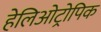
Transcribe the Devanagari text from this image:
हेलिओट्रोपिक